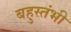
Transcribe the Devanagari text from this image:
बहुस्तंभी